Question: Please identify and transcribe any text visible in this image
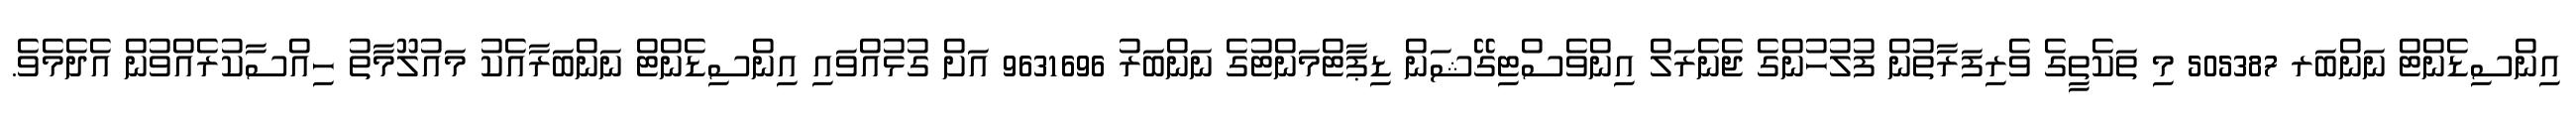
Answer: އިންސިޑެންޓް ނަންބަރ 505387 މި ތަކެތީގެ ވެރިފަރާތުން ފުލުހުންގެ ޖެނެރަލް އިންވެސްޓިގޭޝަން ޑިޕާޓްމަންޓުގެ ނަންބަރު 9631696 އަށް ގުޅުއްވައި އިންސިޑެންޓް ނަންބަރާއެކު މައުލޫމާތު ހިއްސާކުރެއްވުން އެދެމެވެ.